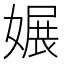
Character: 㜊